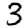
Digit: 3